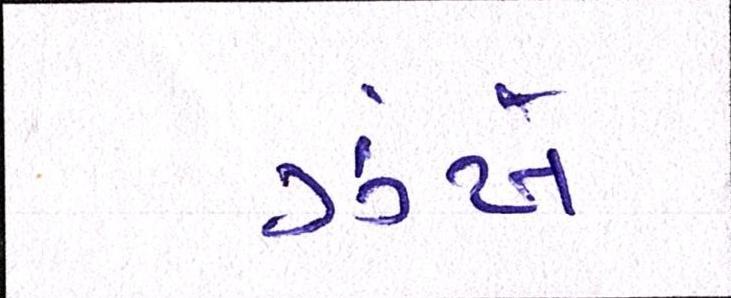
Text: ઝંખે